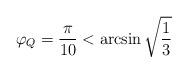
LaTeX: \begin{align*}\varphi_Q=\frac{\pi}{10}<\arcsin \sqrt{\frac13}\end{align*}